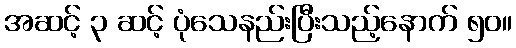
အဆင့် ၃ ဆင့် ပုံသေနည်းပြီးသည့်နောက် ၅၀။